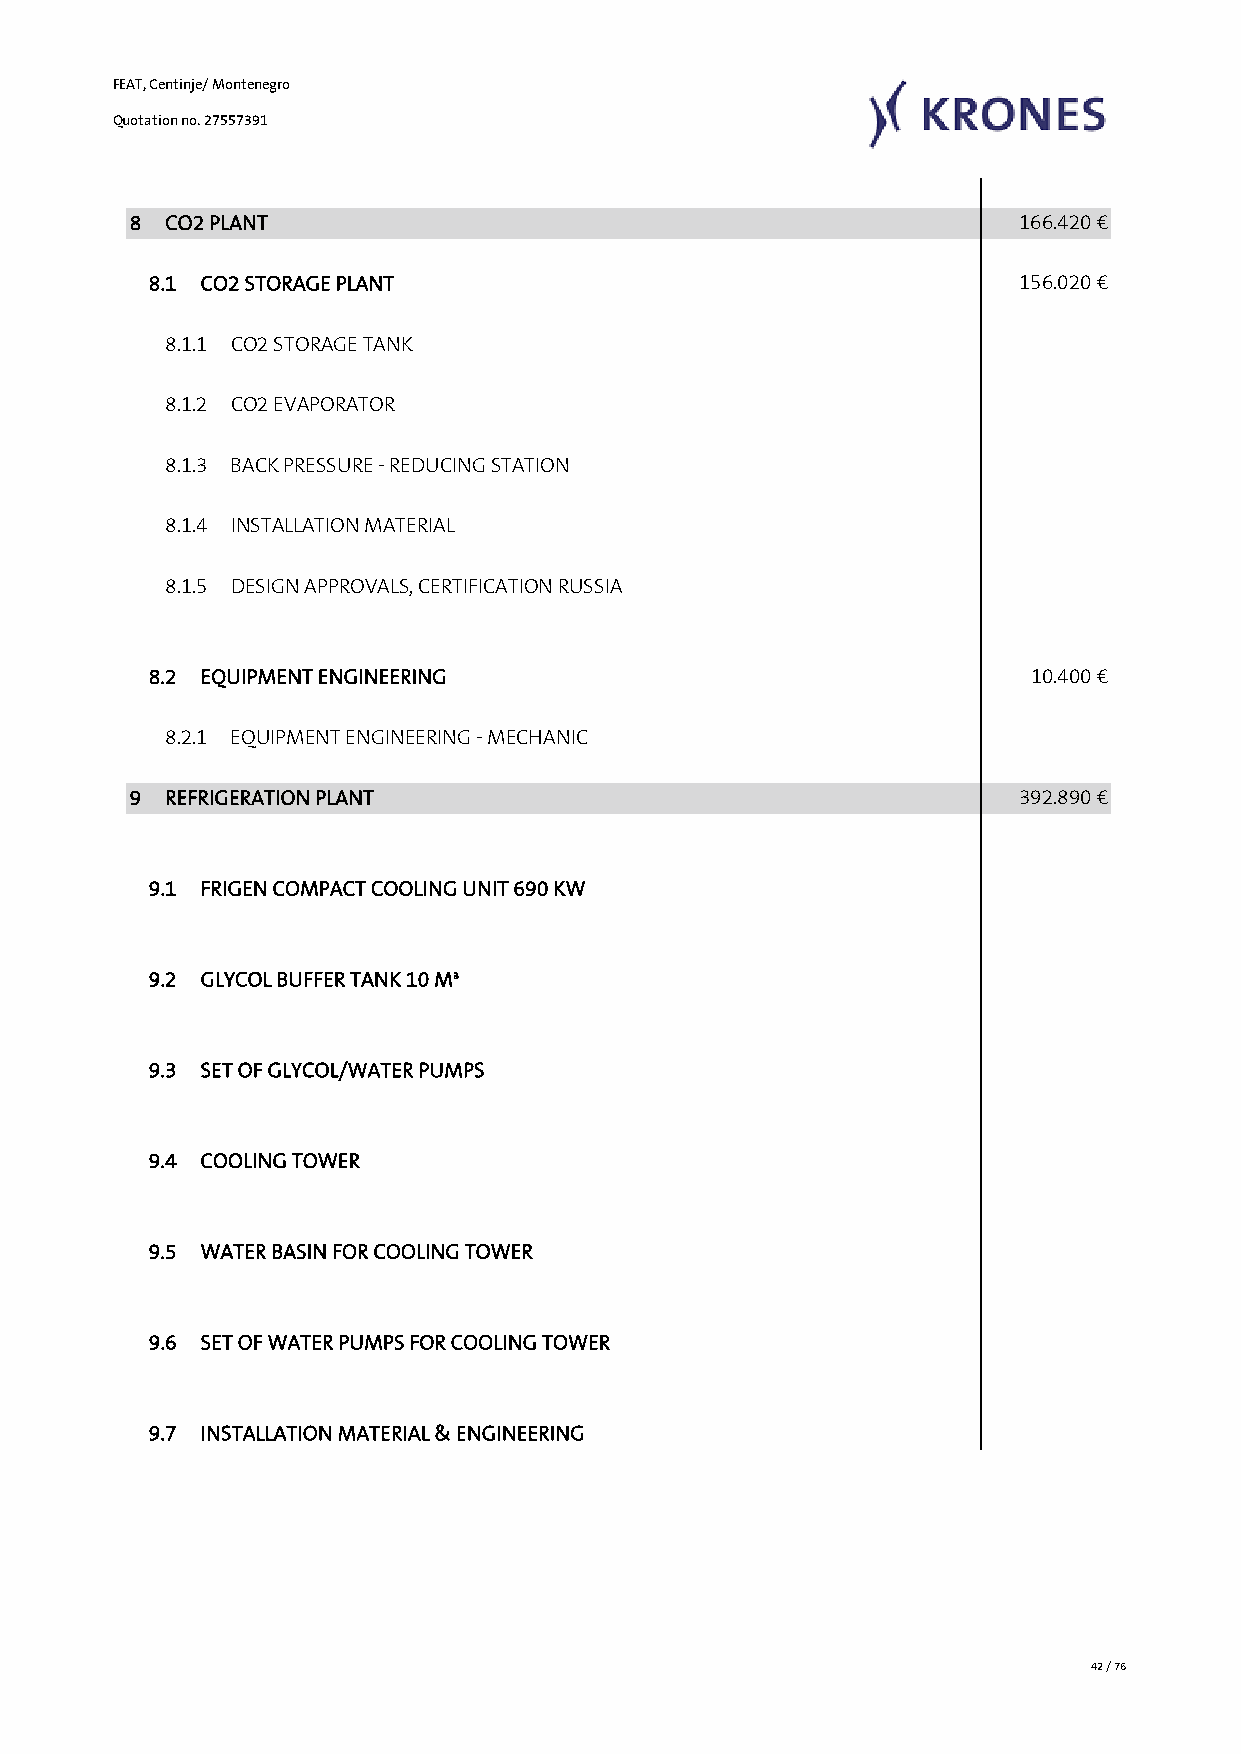
FEAT, Centinje/ Montenegro
 Quotation no. 27557391
 8  CO2 PLANT                                               166.420 €
 8.1 CO2 STORAGE PLANT                                     156.020 €
 8.1.1 CO2 STORAGE TANK
 8.1.2 CO2 EVAPORATOR
 8.1.3 BACK PRESSURE - REDUCING STATION
 8.1.4 INSTALLATION MATERIAL
 8.1.5 DESIGN APPROVALS, CERTIFICATION RUSSIA
 8.2 EQUIPMENT ENGINEERING                                  10.400 €
 8.2.1 EQUIPMENT ENGINEERING - MECHANIC
 9  REFRIGERATION PLANT                                     392.890 €
 9.1 FRIGEN COMPACT COOLING UNIT 690 KW
 9.2 GLYCOL BUFFER TANK 10 M³
 9.3 SET OF GLYCOL/WATER PUMPS
 9.4 COOLING TOWER
 9.5 WATER BASIN FOR COOLING TOWER
 9.6 SET OF WATER PUMPS FOR COOLING TOWER
 9.7 INSTALLATION MATERIAL & ENGINEERING
 42 / 76